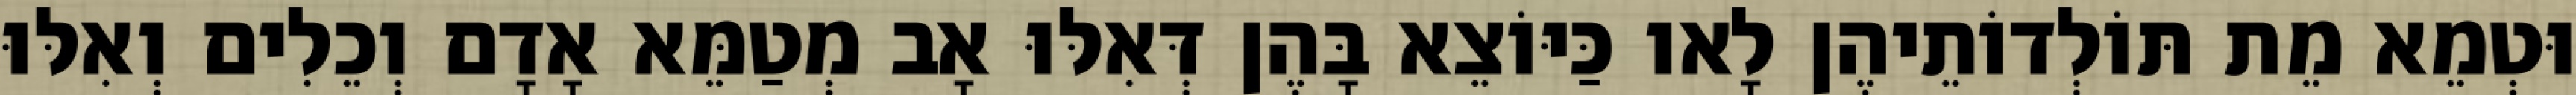
וּטְמֵא מֵת תּוֹלְדוֹתֵיהֶן לָאו כַּיּוֹצֵא בָּהֶן דְּאִלּוּ אָב מְטַמֵּא אָדָם וְכֵלִים וְאִלּוּ